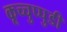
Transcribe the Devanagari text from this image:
कूच्चुप्पुडी